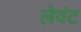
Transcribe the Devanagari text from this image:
लेवंट